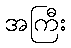
အကြီး